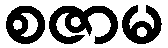
စဇာမ